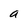
Character: a